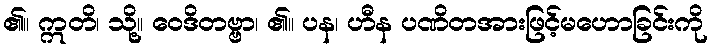
၏။ ဣတိ၊ သို့။ ဝေဒိတဗ္ဗာ၊ ၏။ ပန၊ ဟီန ပဏိတအားဖြင့်မဟောခြင်းကို